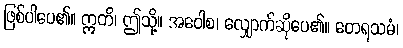
ဖြစ်ပါပေ၏။ ဣတိ၊ ဤသို့။ အဝေါစ၊ လျှောက်ဆိုပေ၏။ တေရသမံ၊